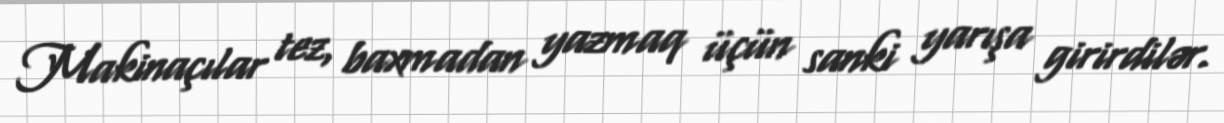
Makinaçılar tez, baxmadan yazmaq üçün sanki yarışa girirdilər.